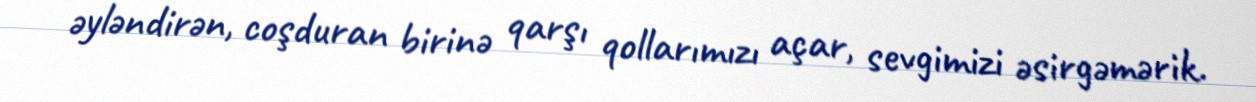
əyləndirən, coşduran birinə qarşı qollarımızı açar, sevgimizi əsirgəmərik.